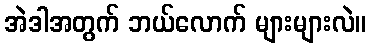
အဲဒါအတွက် ဘယ်လောက် များများလဲ။